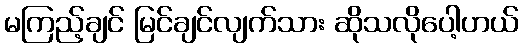
မကြည့်ချင် မြင်ချင်လျက်သား ဆိုသလိုပေါ့ဟယ်